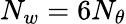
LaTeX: N_{w}=6N_{\theta}